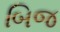
બિજ